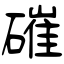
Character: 磪